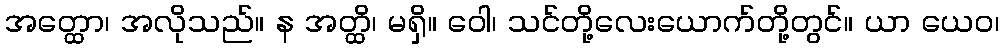
အတ္ထော၊ အလိုသည်။ န အတ္ထိ၊ မရှိ။ ဝေါ၊ သင်တို့လေးယောက်တို့တွင်။ ယာ ယေဝ၊